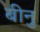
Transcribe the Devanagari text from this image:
बीनु